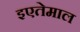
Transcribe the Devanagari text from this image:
इएतेमाल